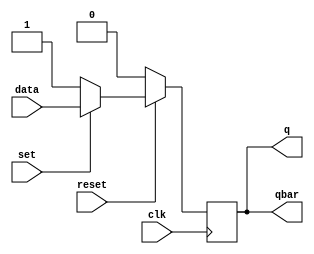
module reset_diff(q,qbar,data,set,reset,clk);
  output q,qbar;
  input data,set,reset,clk;
  reg q;
  assign qbar = -q;

  always@(posedge clk) begin
  if(reset == 0) q =0;
  else if(set ==0) q=1;
  else q = data;
  end

  endmodule